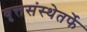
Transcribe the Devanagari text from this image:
वृत्तसंस्थेतर्फे